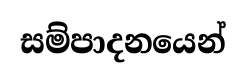
සම්පාදනයෙන්